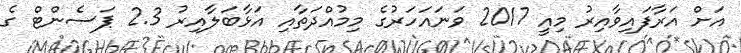
އަށް އަރާފައިވާއިރު މިއީ 2017 ވަނައަހަރުގެ މިމުއްދަތާއި އަޅާބަލާއިރު 2.3 ޕަސެންޓް ގެ